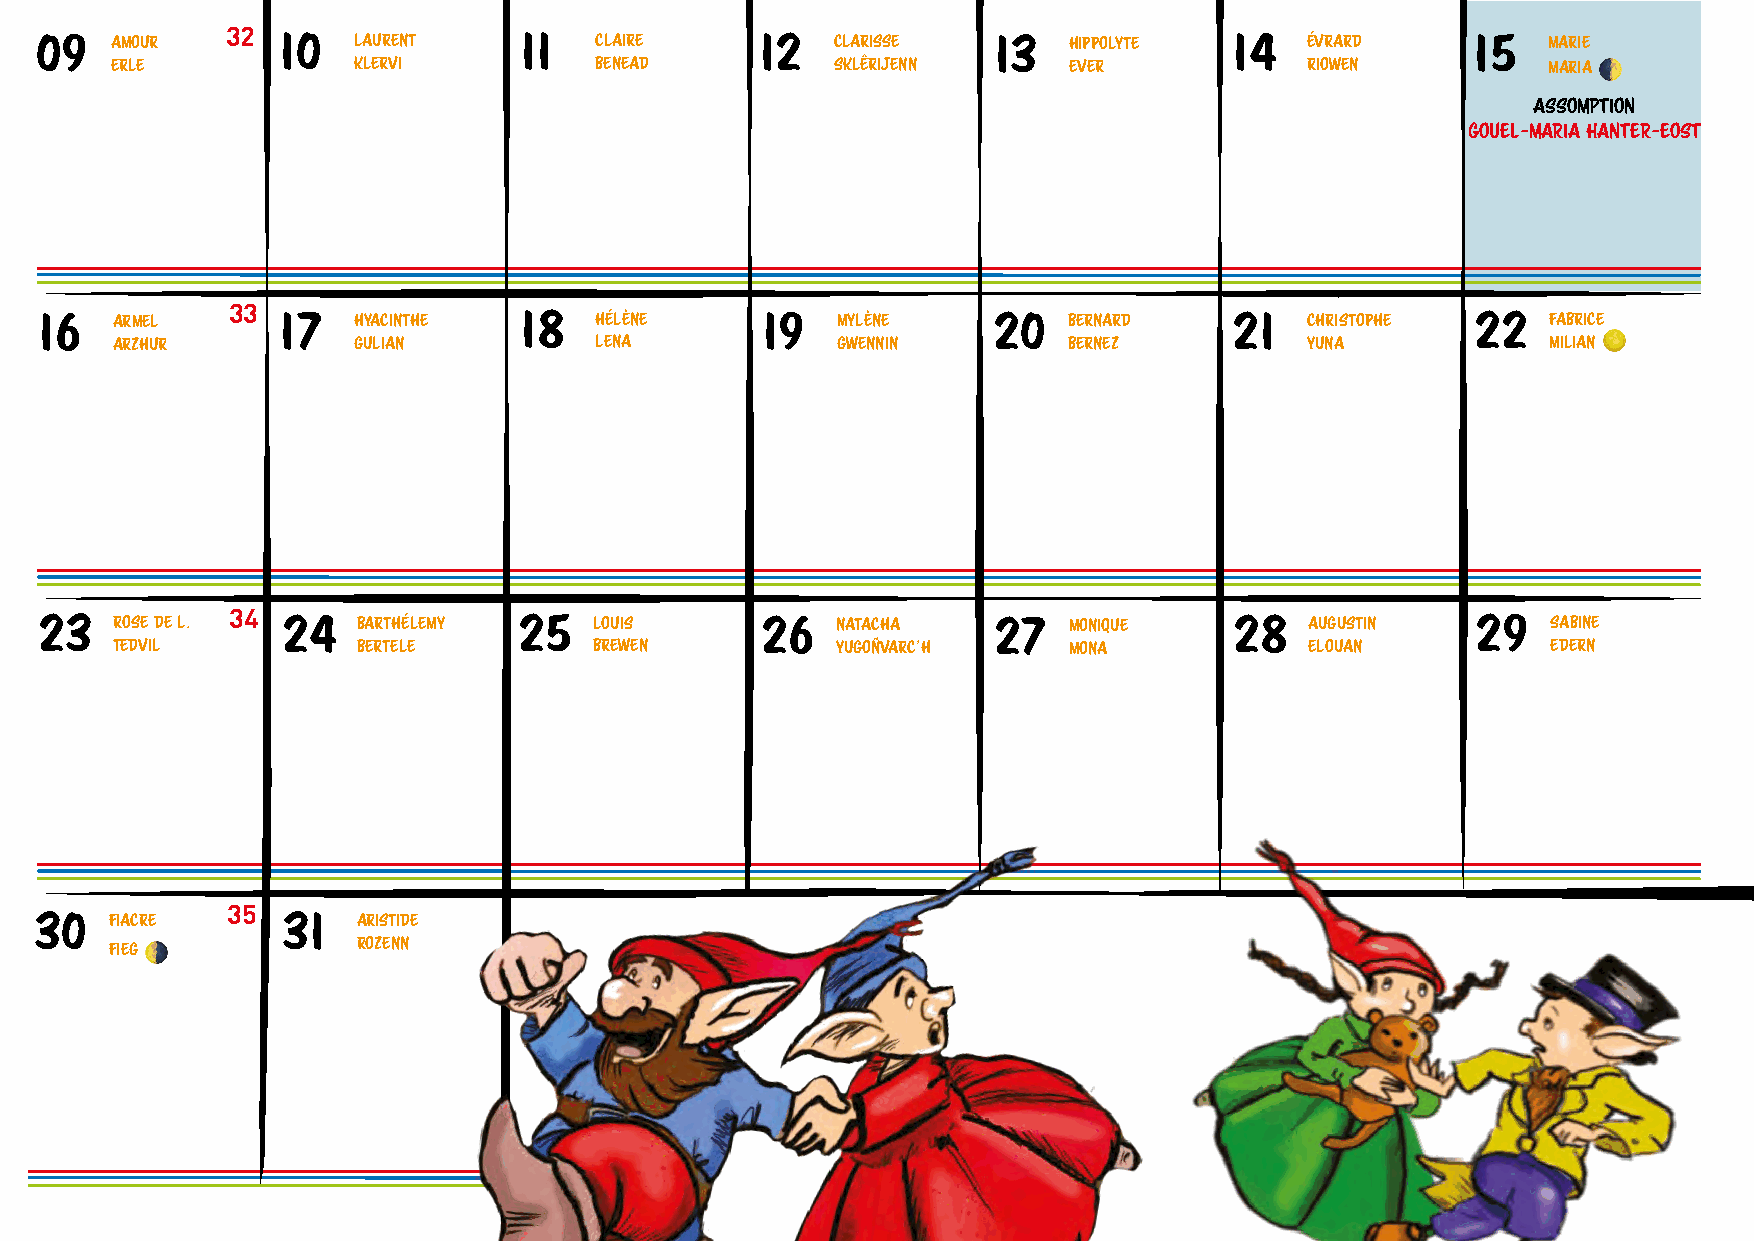
32
 09   AMOUR      10   LAURENT    11   CLAIRE     12   CLARISSE   13   HIPPOLYTE  14   ÉVRARD     15   MARIE
 ERLE            KLERVI          BENEAD          SKLÊRIJENN      EVER            RIOWEN          MARIA 🌓
 ASSOMPTION
 GOUEL-MARIA HANTER-EOST
 33
 16  ARMEL      17   HYACINTHE  18   HÉLÈNE     19   MYLÈNE     20   BERNARD    21   CHRISTOPHE 22   FABRICE
 🌕
 ARZHUR          GULIAN          LENA            GWENNIN         BERNEZ          YUNA            MILIAN
 34
 23   ROSE DE L.  24   BARTHÉLEMY 25  LOUIS      26   NATACHA    27   MONIQUE    28   AUGUSTIN   29   SABINE
 TEDVIL           BERTELE        BREWEN          YUGOÑVARC’H     MONA            ELOUAN          EDERN
 35
 30   FIACRE      31   ARISTIDE
 FIEG 🌗           ROZENN